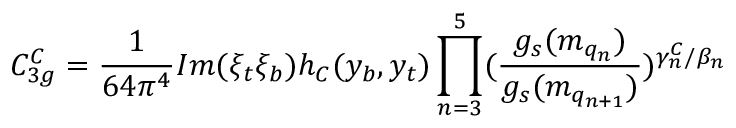
C _ { 3 g } ^ { C } = \frac { 1 } { 6 4 \pi ^ { 4 } } I m ( \xi _ { t } \xi _ { b } ) h _ { C } ( y _ { b } , y _ { t } ) \prod _ { n = 3 } ^ { 5 } ( \frac { g _ { s } ( m _ { q _ { n } } ) } { g _ { s } ( m _ { q _ { n + 1 } } ) } ) ^ { \gamma _ { n } ^ { C } / \beta _ { n } }